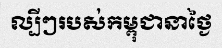
ល្បីៗរបស់កម្ពុជានាថ្ងៃ